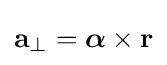
\mathbf {a} _{\perp }={\boldsymbol {\alpha }}\times \mathbf {r}